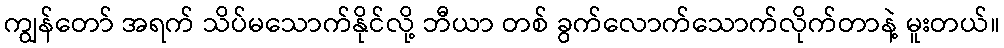
ကျွန်တော် အရက် သိပ်မသောက်နိုင်လို့ ဘီယာ တစ် ခွက်လောက်သောက်လိုက်တာနဲ့ မူးတယ်။